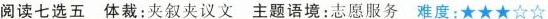
阅读七选五 体裁:夹叙夹议文 主题语境:志愿服务 难度:★★★☆☆